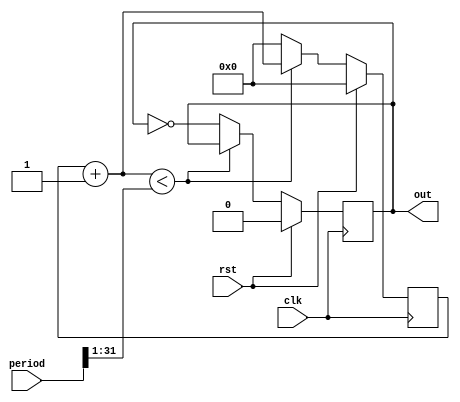
module countgen_generator(
  clk,
  rst,
  out,
  period);

  input wire clk;
  input wire rst;
  output reg out;
  input wire [31:0] period;

  reg [31:0] counter;


  always @(posedge clk) begin
    if (rst) begin
      counter <= 0;
      out <= 0;
    end else begin
      if (counter + 1 < period >> 1) begin
        counter <= counter + 1;
        out <= out;
      end else begin
        counter <= 0;
        out <= ~out;
      end
    end
  end
       
endmodule